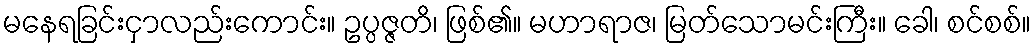
မနေရခြင်းငှာလည်းကောင်း။ ဥပ္ပဇ္ဇတိ၊ ဖြစ်၏။ မဟာရာဇ၊ မြတ်သောမင်းကြီး။ ခေါ၊ စင်စစ်။